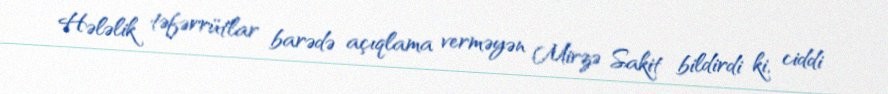
Hələlik təfərrütlar barədə açıqlama verməyən Mirzə Sakit bildirdi ki, ciddi